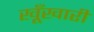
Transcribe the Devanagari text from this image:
खूँखारी